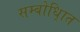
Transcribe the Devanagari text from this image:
सम्बोधि्ात